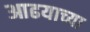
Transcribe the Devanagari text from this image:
आढयाच्या